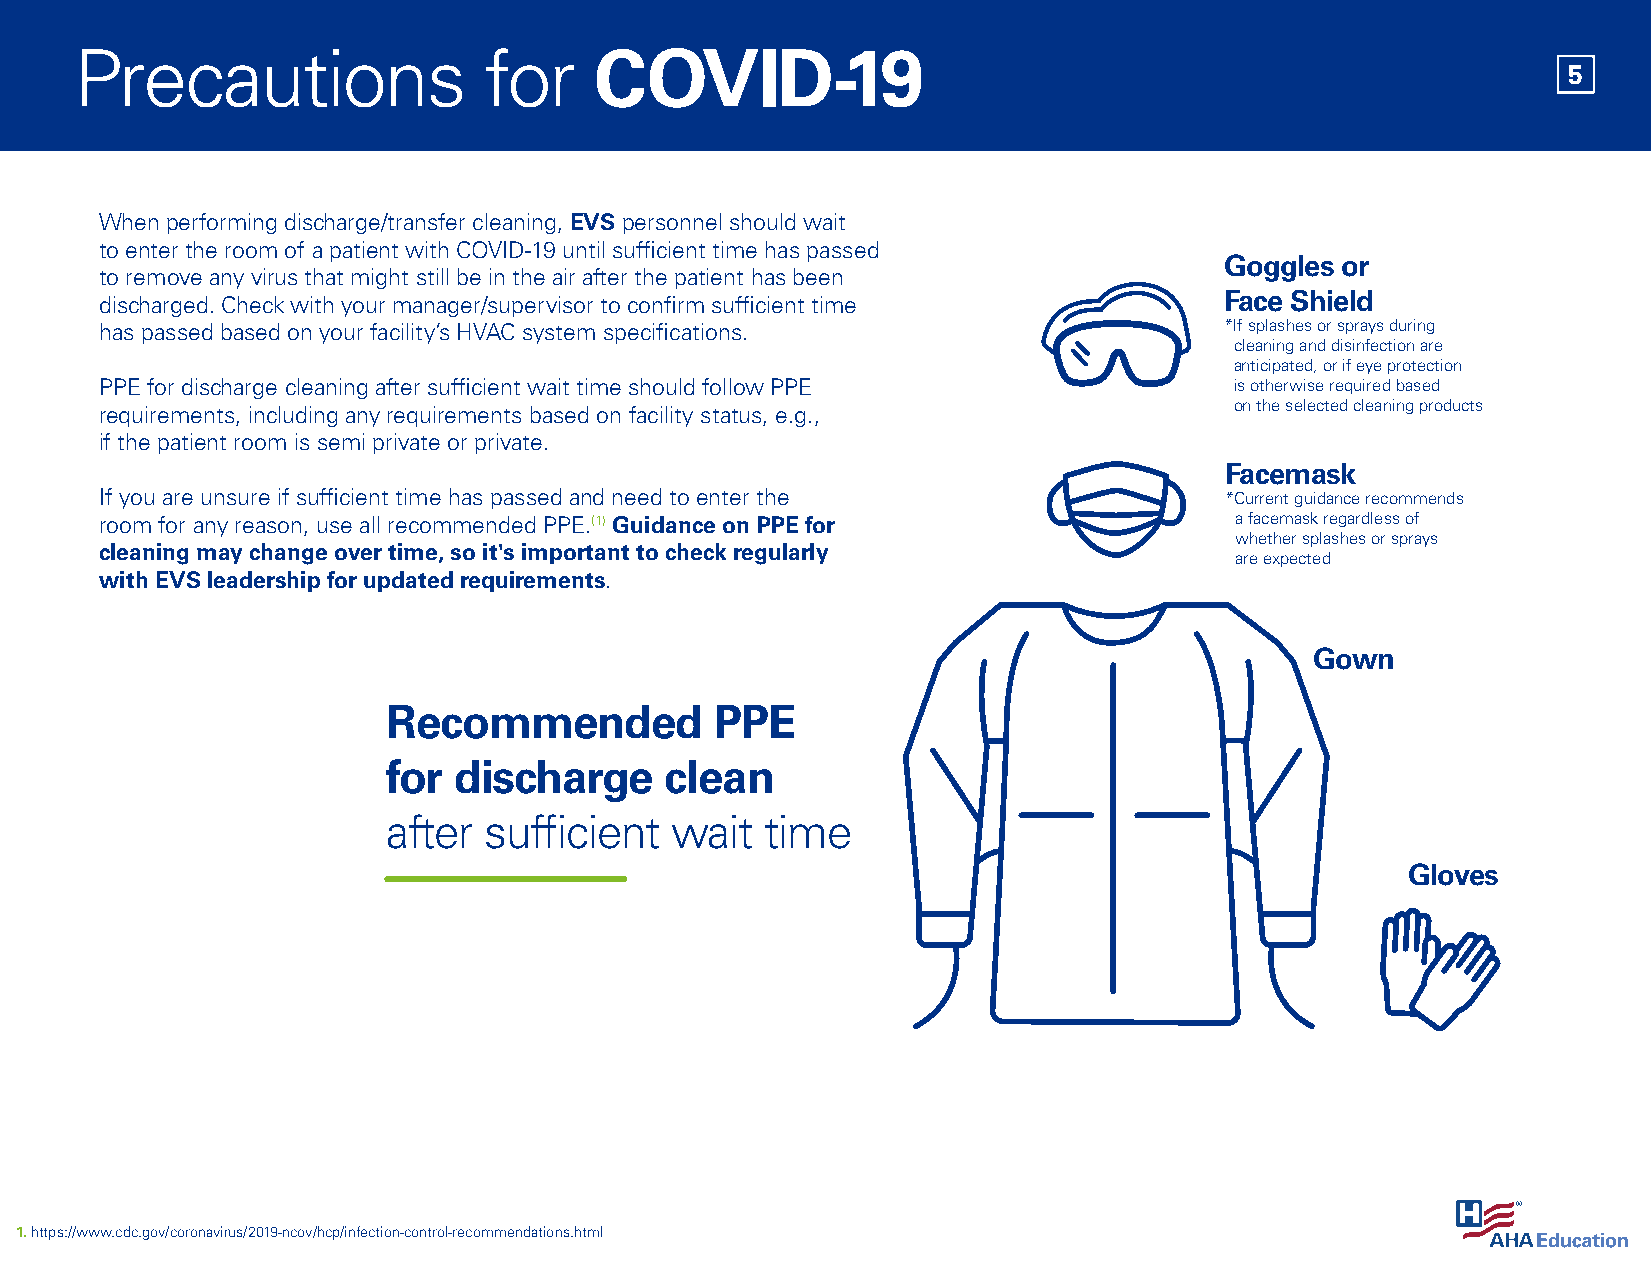
Precautions                for    COVID-19
 5
 When performing discharge/transfer cleaning, EVS personnel should wait
 to enter the room of a patient with COVID-19 until sufficient time has passed
 Goggles or
 to remove any virus that might still be in the air after the patient has been
 discharged. Check with your manager/supervisor to confirm sufficient time Face Shield
 has passed based on your facility’s HVAC system specifications.           *If splashes or sprays during
 cleaning and disinfection are
 anticipated, or if eye protection
 PPE for discharge cleaning after sufficient wait time should follow PPE    is otherwise required based
 on the selected cleaning products
 requirements, including any requirements based on facility status, e.g.,
 if the patient room is semi private or private.
 Facemask
 If you are unsure if sufficient time has passed and need to enter the     *Current guidance recommends
 room for any reason, use all recommended PPE.(1) Guidance on PPE for       a facemask regardless of
 whether splashes or sprays
 cleaning may change over time, so it's important to check regularly
 are expected
 with EVS leadership for updated requirements.
 Gown
 Recommended          PPE
 for discharge     clean
 after sufficient  wait   time
 Gloves
 1. https://www.cdc.gov/coronavirus/2019-ncov/hcp/infection-control-recommendations.html